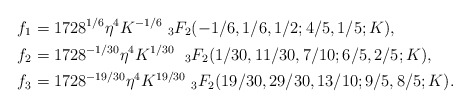
\begin{align*}f_1&=1728^{1/6}\eta^{4}K^{-1/6}\ _{3}F_2(-1/6, 1/6, 1/2; 4/5, 1/5; K), \\f_2&= 1728^{-1/30}\eta^{4}K^{1/30}\ \ _{3}F_2(1/30, 11/30, 7/10; 6/5, 2/5; K),\\f_3 &=1728^{-19/30}\eta^{4}K^{19/30}\ _{3}F_2(19/30, 29/30, 13/10; 9/5, 8/5; K).\end{align*}